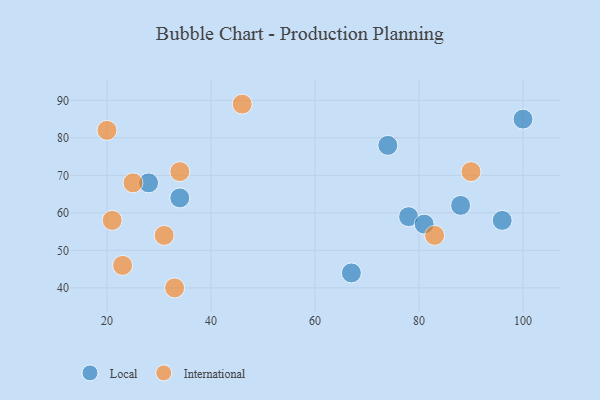
{"axis": {"x": "GDP", "y": "Life Expectancy"}, "legend": ["International", "Local"], "data": [{"x": "96", "y": 58, "type": "Local"}, {"x": "28", "y": 68, "type": "Local"}, {"x": "88", "y": 62, "type": "Local"}, {"x": "74", "y": 78, "type": "Local"}, {"x": "34", "y": 64, "type": "Local"}, {"x": "67", "y": 44, "type": "Local"}, {"x": "78", "y": 59, "type": "Local"}, {"x": "81", "y": 57, "type": "Local"}, {"x": "100", "y": 85, "type": "Local"}, {"x": "20", "y": 82, "type": "International"}, {"x": "90", "y": 71, "type": "International"}, {"x": "23", "y": 46, "type": "International"}, {"x": "31", "y": 54, "type": "International"}, {"x": "34", "y": 71, "type": "International"}, {"x": "21", "y": 58, "type": "International"}, {"x": "33", "y": 40, "type": "International"}, {"x": "83", "y": 54, "type": "International"}, {"x": "25", "y": 68, "type": "International"}, {"x": "46", "y": 89, "type": "International"}]}